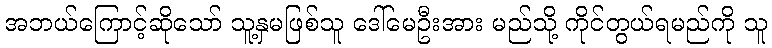
အဘယ်ကြောင့်ဆိုသော် သူ့နှမဖြစ်သူ ဒေါ်မေဦးအား မည်သို့ ကိုင်တွယ်ရမည်ကို သူ